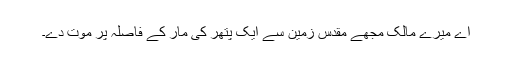
اے میرے مالک مجھے مقدس زمین سے ایک پتھر کی مار کے فاصلہ پر موت دے۔